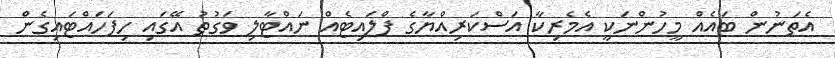
އެތަނުން ބައެއް މީހުންނަކީ އެމެރިކާ އަސްކަރިއްޔާގެ ފްލައިޓެއް ނައްޓާލި ވަގުތު އޭގައި ހިފަހައްޓައިގެން